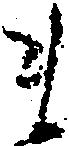
ま